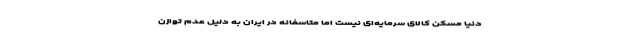
دنیا مسکن کالای سرمایه‌ای نیست اما متاسفانه در ایران به دلیل عدم توازن